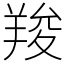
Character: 羧